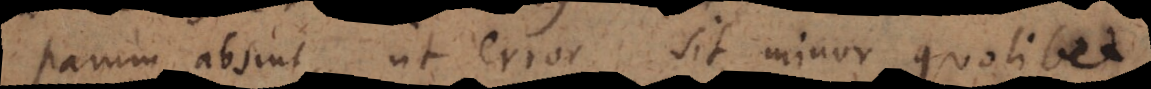
parum absint, ut error sit minor quolibet